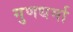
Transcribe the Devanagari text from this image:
गुणधर्मा